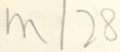
m \vert 2 8